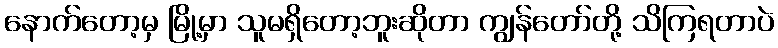
နောက်တော့မှ မြို့မှာ သူမရှိတော့ဘူးဆိုတာ ကျွန်တော်တို့ သိကြရတာပဲ